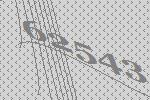
62543